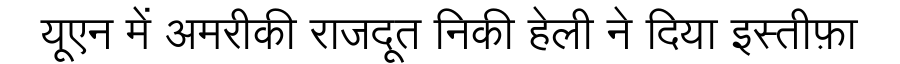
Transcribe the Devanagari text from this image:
यूएन में अमरीकी राजदूत निकी हेली ने दिया इस्तीफ़ा